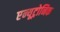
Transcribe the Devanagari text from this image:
एन्यूट्रोनिक